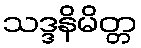
သဒ္ဒနိမိတ္တ